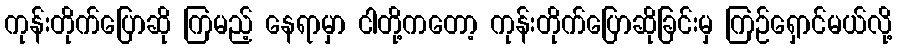
ကုန်းတိုက်ပြောဆို ကြမည့် နေရာမှာ ငါတို့ကတော့ ကုန်းတိုက်ပြောဆိုခြင်းမှ ကြဉ်ရှောင်မယ်လို့